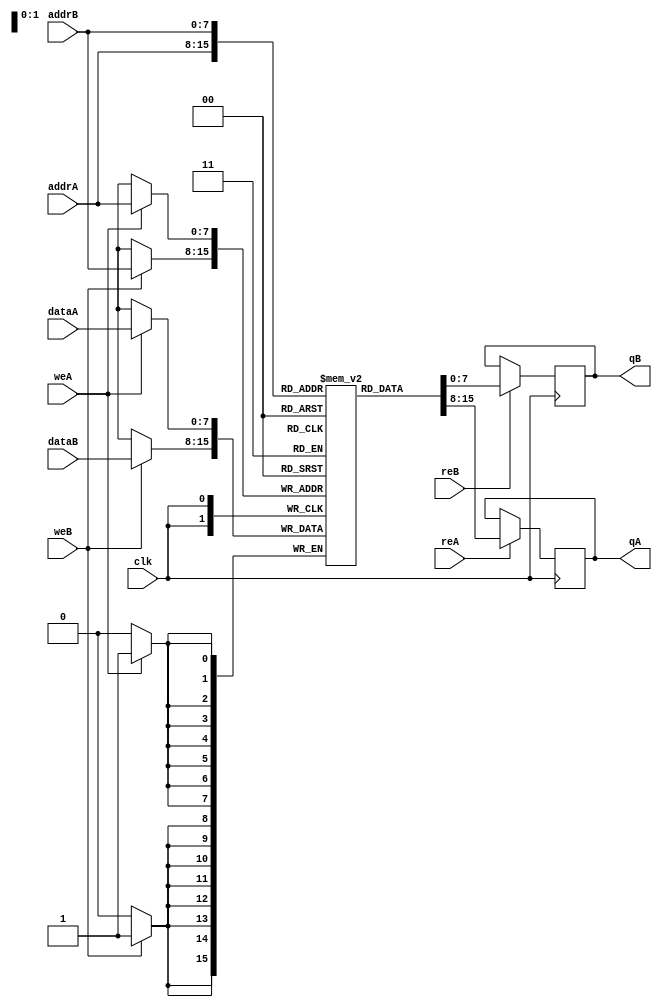
module DualPortRAM (
    input clk, 
    input [7:0] addrA, 
    input [7:0] addrB,
    input [7:0] dataA,
    input [7:0] dataB,
    input weA, 
    input weB,
    input reA,
    input reB,
    output reg [7:0] qA,
    output reg [7:0] qB
);

reg [7:0] memory [0:255];

always @ (posedge clk) begin
    if (weA) begin
        memory[addrA] <= dataA;
    end
    if (reA) begin
        qA <= memory[addrA];
    end
    if (weB) begin
        memory[addrB] <= dataB;
    end
    if (reB) begin
        qB <= memory[addrB];
    end
end

endmodule